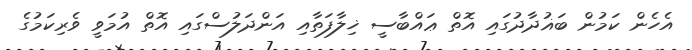
އެހެން ކަމުން ބަޣުދާދުގައި އޮތް ޢައްބާސީ ޚިލާފަތާއި އަންދަލުސްގައި އޮތް އުމަވީ ވެރިކަމުގެ